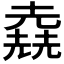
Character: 𠒶